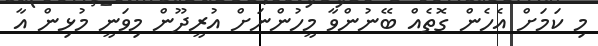
މި ކަމަށް އެހެން ގޮތެއް ބޭނުންވާ މީހުންނަށް އުރީދޫން މިވަނީ މުޅިން އާ